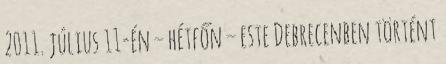
2011. július 11-én – hétfőn – este Debrecenben történt